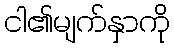
ငါ၏မျက်နှာကို